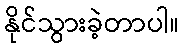
နိုင်သွားခဲ့တာပါ။